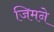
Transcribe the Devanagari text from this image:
जिमने